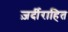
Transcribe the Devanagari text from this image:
ज़र्दीराहित